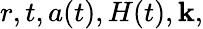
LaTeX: r,t,a(t),H(t),\mathbf{k},